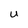
Character: U